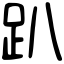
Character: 趴